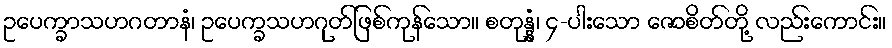
ဥပေက္ခာသဟဂတာနံ၊ ဥပေက္ခသဟဂုတ်ဖြစ်ကုန်သော။ စတုန္နံ၊ ၄-ပါးသော ဇောစိတ်တို့ လည်းကောင်း။